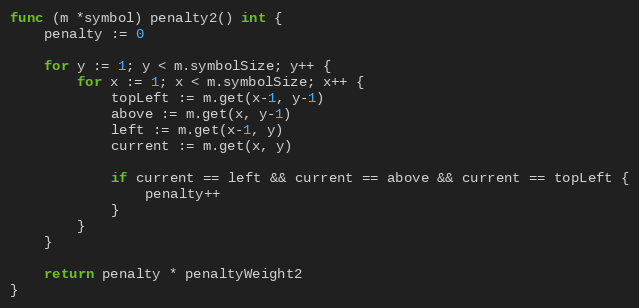
Language: Go
func (m *symbol) penalty2() int {
	penalty := 0

	for y := 1; y < m.symbolSize; y++ {
		for x := 1; x < m.symbolSize; x++ {
			topLeft := m.get(x-1, y-1)
			above := m.get(x, y-1)
			left := m.get(x-1, y)
			current := m.get(x, y)

			if current == left && current == above && current == topLeft {
				penalty++
			}
		}
	}

	return penalty * penaltyWeight2
}